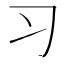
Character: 习